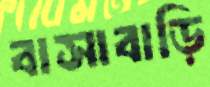
বাসাবাড়ি